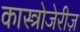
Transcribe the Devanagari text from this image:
कास्त्रोजेरीज़